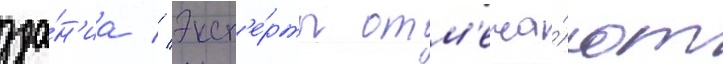
зда́н'иа // Эксп'е́рты отм'еча́ют